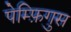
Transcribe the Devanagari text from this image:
पेम्फ़िगुस